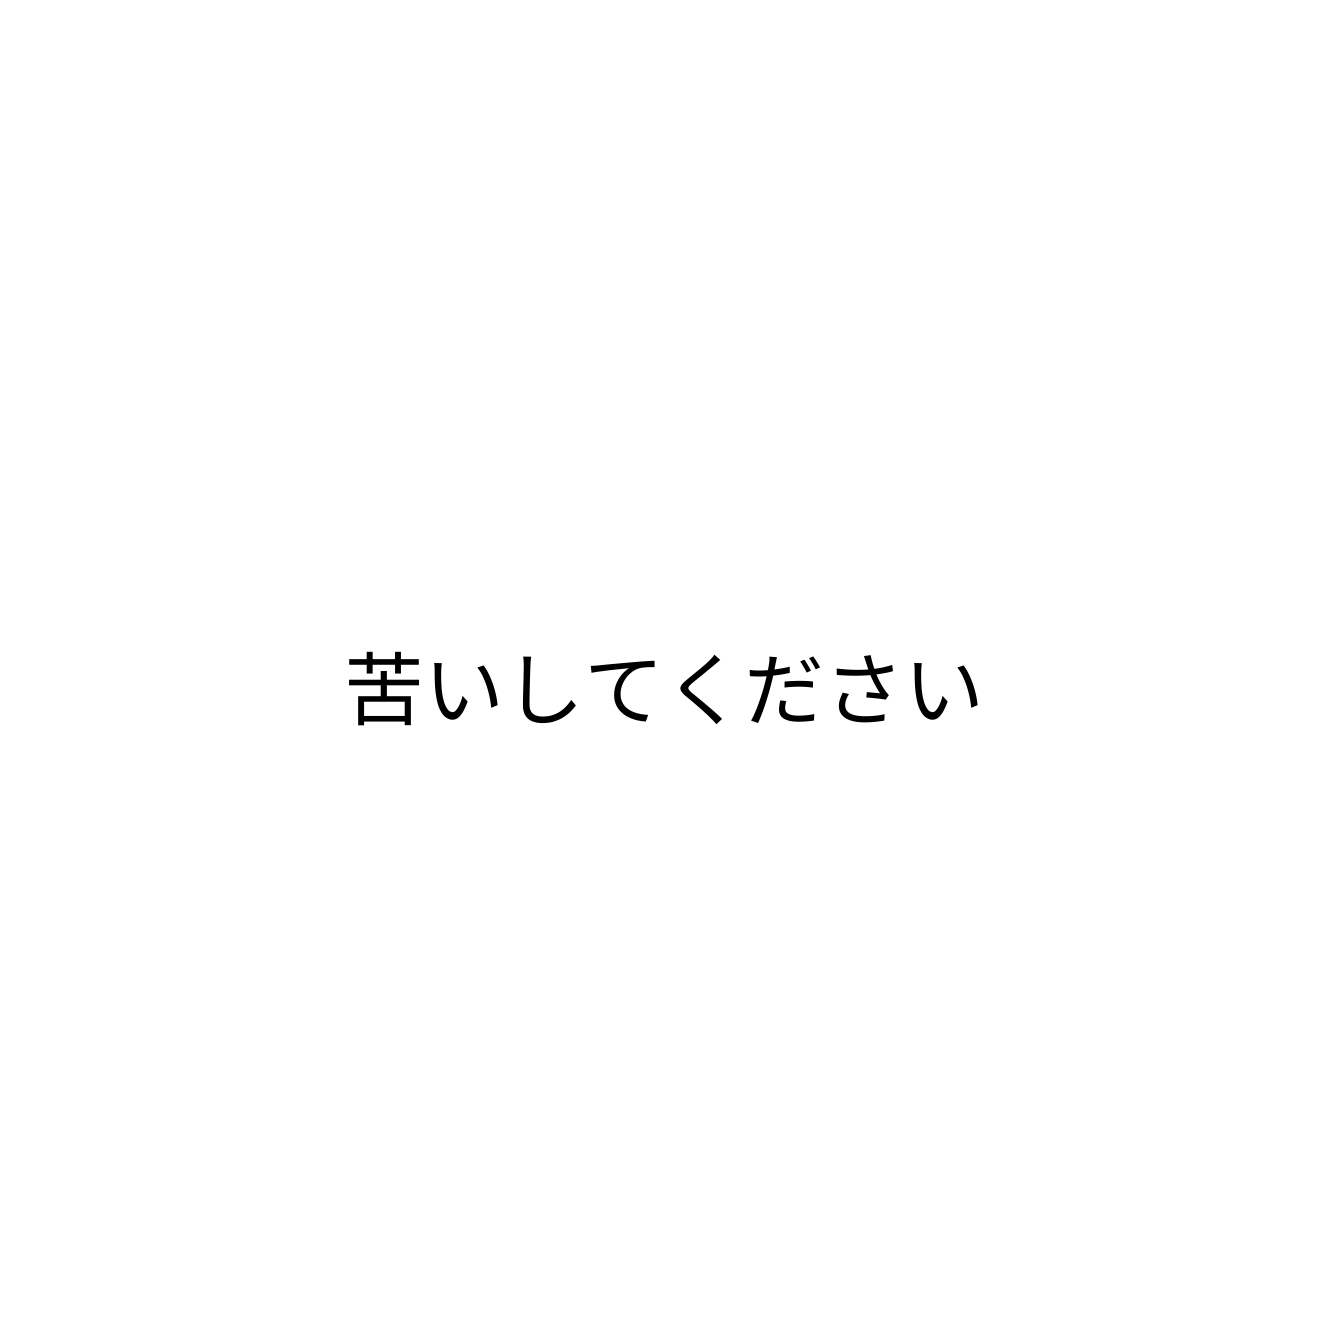
苦いしてください